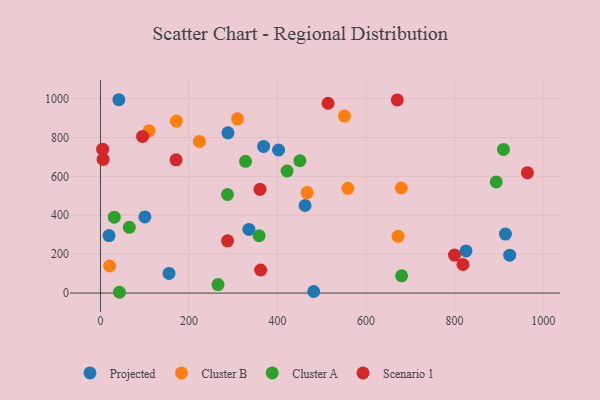
{"axis": {"x": "Price", "y": "Yield"}, "legend": ["Cluster A", "Cluster B", "Projected", "Scenario 1"], "data": [{"x": "402.3", "y": 735.4, "type": "Projected"}, {"x": "100.4", "y": 391.5, "type": "Projected"}, {"x": "825.8", "y": 216.7, "type": "Projected"}, {"x": "288.0", "y": 823.8, "type": "Projected"}, {"x": "41.6", "y": 993.9, "type": "Projected"}, {"x": "19.3", "y": 295.8, "type": "Projected"}, {"x": "924.4", "y": 194.7, "type": "Projected"}, {"x": "462.2", "y": 450.1, "type": "Projected"}, {"x": "481.7", "y": 8.1, "type": "Projected"}, {"x": "368.6", "y": 753.6, "type": "Projected"}, {"x": "914.9", "y": 303.1, "type": "Projected"}, {"x": "335.3", "y": 327.0, "type": "Projected"}, {"x": "154.9", "y": 100.8, "type": "Projected"}, {"x": "309.6", "y": 895.6, "type": "Cluster B"}, {"x": "171.5", "y": 884.1, "type": "Cluster B"}, {"x": "672.3", "y": 291.9, "type": "Cluster B"}, {"x": "558.9", "y": 538.2, "type": "Cluster B"}, {"x": "223.3", "y": 779.5, "type": "Cluster B"}, {"x": "109.6", "y": 834.2, "type": "Cluster B"}, {"x": "551.1", "y": 910.1, "type": "Cluster B"}, {"x": "679.5", "y": 540.1, "type": "Cluster B"}, {"x": "466.8", "y": 516.8, "type": "Cluster B"}, {"x": "20.7", "y": 139.8, "type": "Cluster B"}, {"x": "286.9", "y": 506.6, "type": "Cluster A"}, {"x": "894.1", "y": 571.5, "type": "Cluster A"}, {"x": "680.3", "y": 88.7, "type": "Cluster A"}, {"x": "65.2", "y": 338.1, "type": "Cluster A"}, {"x": "910.5", "y": 738.4, "type": "Cluster A"}, {"x": "31.2", "y": 390.0, "type": "Cluster A"}, {"x": "265.6", "y": 43.8, "type": "Cluster A"}, {"x": "327.7", "y": 677.5, "type": "Cluster A"}, {"x": "450.5", "y": 680.2, "type": "Cluster A"}, {"x": "43.0", "y": 4.1, "type": "Cluster A"}, {"x": "421.6", "y": 627.4, "type": "Cluster A"}, {"x": "358.3", "y": 295.0, "type": "Cluster A"}, {"x": "670.5", "y": 993.1, "type": "Scenario 1"}, {"x": "4.9", "y": 739.7, "type": "Scenario 1"}, {"x": "514.2", "y": 975.9, "type": "Scenario 1"}, {"x": "964.4", "y": 619.0, "type": "Scenario 1"}, {"x": "6.0", "y": 687.2, "type": "Scenario 1"}, {"x": "818.8", "y": 146.9, "type": "Scenario 1"}, {"x": "799.8", "y": 195.4, "type": "Scenario 1"}, {"x": "95.1", "y": 805.0, "type": "Scenario 1"}, {"x": "287.1", "y": 268.4, "type": "Scenario 1"}, {"x": "170.8", "y": 684.8, "type": "Scenario 1"}, {"x": "360.4", "y": 533.3, "type": "Scenario 1"}, {"x": "361.9", "y": 118.5, "type": "Scenario 1"}]}